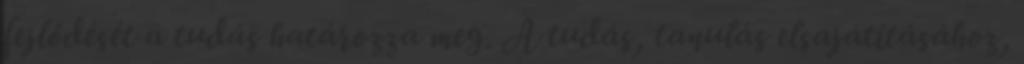
fejlődését a tudás határozza meg. A tudás, tanulás elsajátításához,